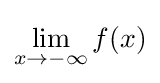
\lim _{x\to -\infty }{f(x)}